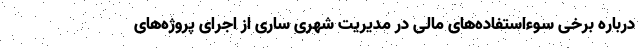
درباره برخی سوءاستفاده‌های مالی در مدیریت شهری ساری از اجرای پروژه‌های